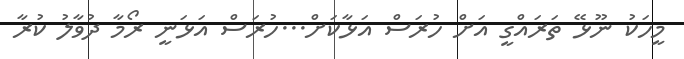
މީހަކު ނޫޅޭ ތަރައްގީ އަށް ހުރަސް އަޅާކަށް...ހުރަސް އަޅަނީ ރޯމާ ދުވާލު ކުރާ